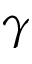
\gamma